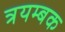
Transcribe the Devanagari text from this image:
त्रयम्बक